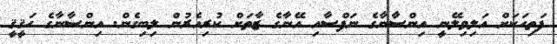
ފަތިހަކަށް އަލިވިލޭނީ އިންސާނާގެ ނަފްސާއި އޭނާގެ ޒާތަށް ކުރިއެރުން ލިބިގެން. އިންސާނާގެ ޙަޤީޤީ